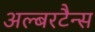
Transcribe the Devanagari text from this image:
अल्बरटैन्स